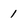
Character: 1